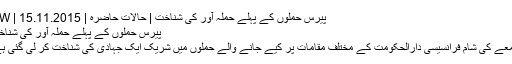
پیرس حملوں کے پہلے حملہ آور کی شناخت | حالات حاضرہ | DW | 15.11.2015
پیرس حملوں کے پہلے حملہ آور کی شناخت
جمعے کی شام فرانسیسی دارالحکومت کے مختلف مقامات پر کیے جانے والے حملوں میں شریک ایک جہادی کی شناخت کر لی گئی ہے۔